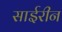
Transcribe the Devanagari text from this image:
साईरीन